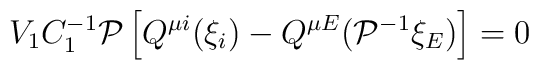
V_1C_1^{-1}{\cal P}\left[ Q^{\mu i}(\xi _i)-Q^{\mu E}({\cal P}^{-1}\xi _E)\right] =0